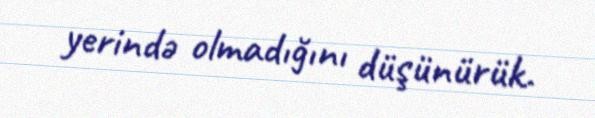
yerində olmadığını düşünürük.